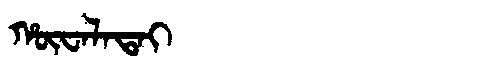
Manchu: ᡥᡡᠸᠠᠯᠠᡨᠠᡳ
Romanization: HŪWALATAI